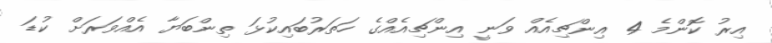
އިރު ކޮންމެ 4 އިންޗިއެއް ވަނީ އިންޗިއެއްގެ ހަތަރުބައިކުޅަ ތިންބަޔާ އެއްވަރަށް ކުޑަ